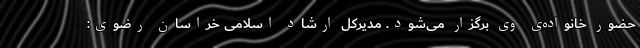
حضور خانواده‌ی وی برگزار می‌شود. مدیرکل ارشاد اسلامی خراسان رضوی: